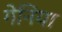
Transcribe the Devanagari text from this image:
गेनिया